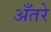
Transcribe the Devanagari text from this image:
अँतरे